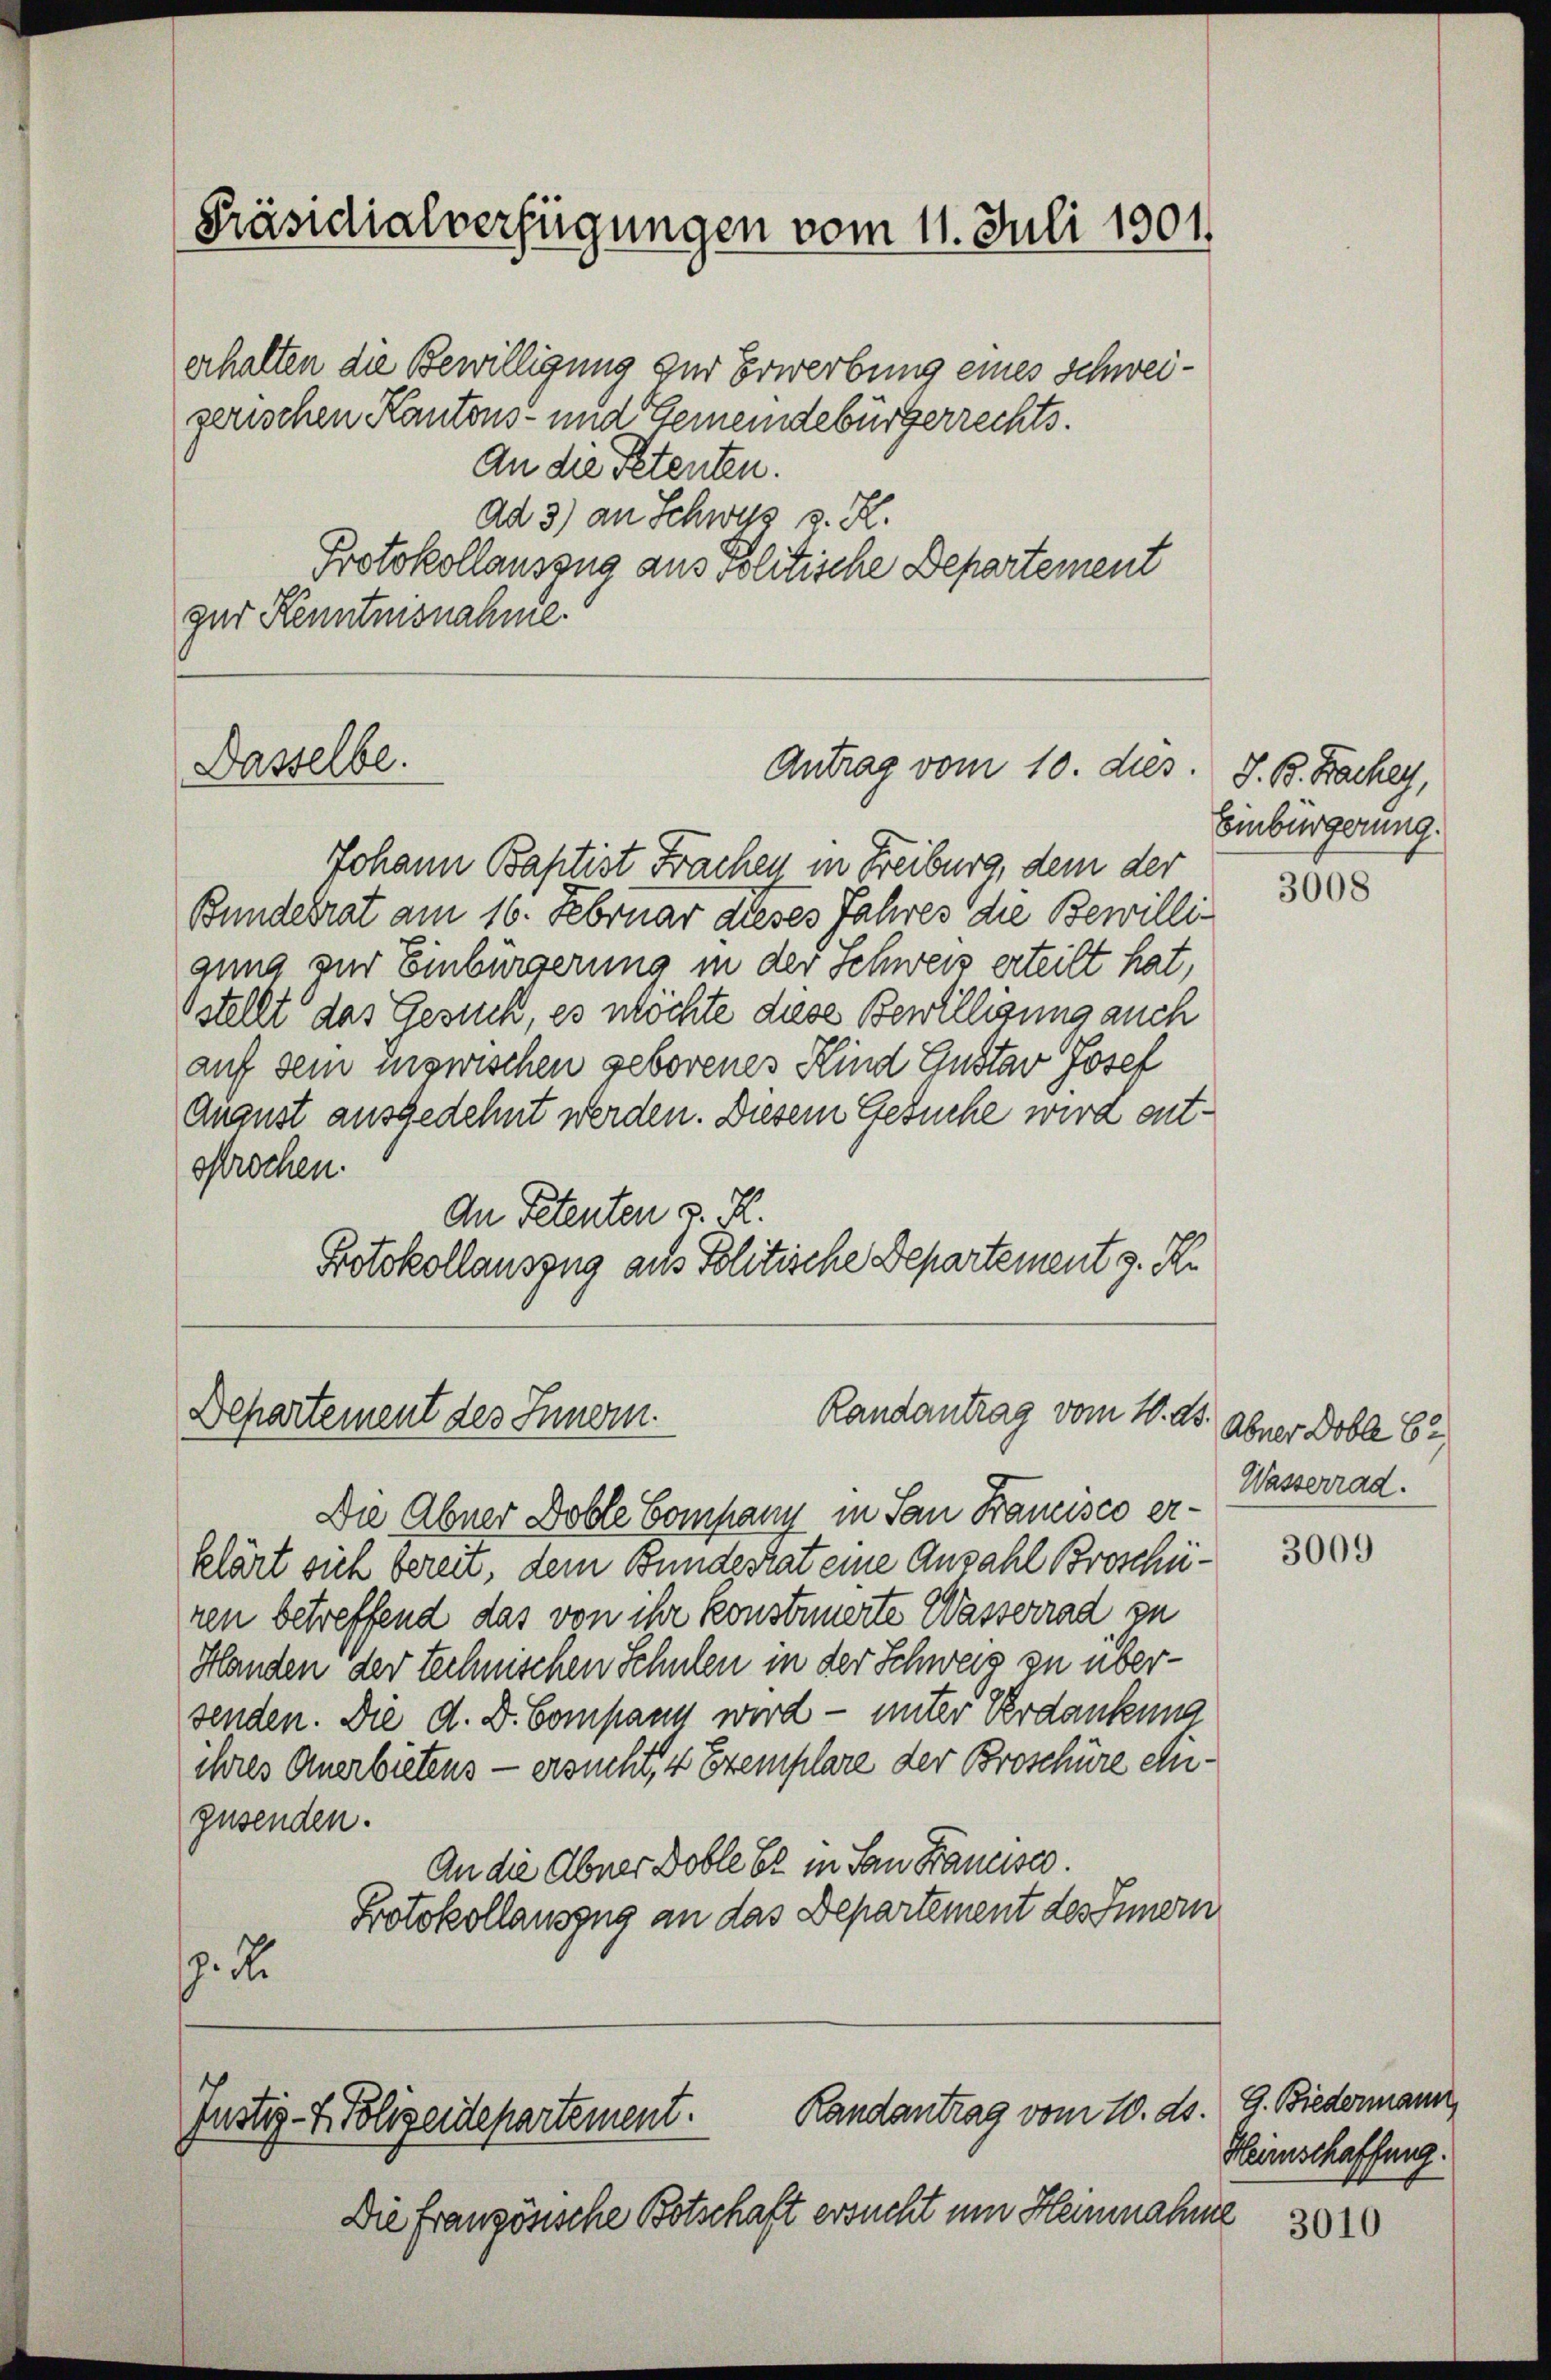
Präsidialverfügungen vom 11. Juli 1901.

erhalten die Bewilligung zur Erwerbung eines Schweigerischen Kantons- und Gemeindebürgerrechts.
An die Petenten.
Ad 3) an Schwyz v. R.
Protokollauszug aus Politische Departement
gur Kenntnisnahme.

Dasselbe.

Johann Baptist Frachen in Freiburg, dem der
Bundesrat am 16. Februar dieses Jahres die Bewilligung zur Einbürgerung in der Schweis erteilt hat,
stellt das Gesuch, es möchte diese Bewilligung auch
auf dem inzwischen geborenes Kind Einstar Josef
August ausgedehnt werden. Diesem Gesuche wird entssrochen.
An Petenten v. R.
Protokollauszug aus Politische Departement s. R

Departement des Innern.

Antrag vom 10. dies

Randantrag vom 10. ds.

Die Abner Doble Company in San Francisco erklärt sich bereit, dem Bundestat eine Anzahl Broschüren betreffend das von ihr konstruierte Wasserrad zu
Handen der technischen Schulen in der Schweiz zu übersenden. Die d. D. Compann wird — unter Verdankung
ihres Anerbietens - ersucht, 4 Exemplare der Broschüre eigusenden.
An die Abner Doble Er in San Hauses.
Protokollauszug an das Departement des Innern
. de

Randantrag vom 10. ds.
Justiz- & Polizeidepartement.

Die Französische Botschaft ersucht um Heinnahme

J. B. Bachey,
Einbürgerung.

3008

Abner Doble 62
Wasserrad.

3009

G. Biedermann
Heimschaffung.

3010